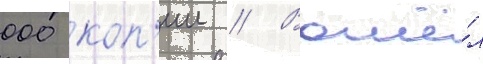
000 коп'ии // Вошё́л